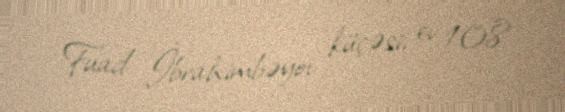
Fuad İbrahimbəyov küçəsi, ev 108